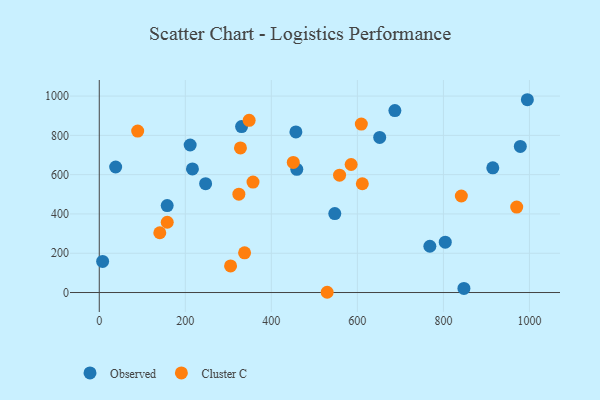
{"axis": {"x": "Speed", "y": "Exam Score"}, "legend": ["Cluster C", "Observed"], "data": [{"x": "651.9", "y": 789.7, "type": "Observed"}, {"x": "38.1", "y": 638.9, "type": "Observed"}, {"x": "457.1", "y": 817.4, "type": "Observed"}, {"x": "687.2", "y": 926.2, "type": "Observed"}, {"x": "995.2", "y": 981.4, "type": "Observed"}, {"x": "914.8", "y": 634.7, "type": "Observed"}, {"x": "247.2", "y": 554.3, "type": "Observed"}, {"x": "978.8", "y": 743.7, "type": "Observed"}, {"x": "547.5", "y": 402.1, "type": "Observed"}, {"x": "216.6", "y": 629.2, "type": "Observed"}, {"x": "211.3", "y": 750.9, "type": "Observed"}, {"x": "804.3", "y": 256.3, "type": "Observed"}, {"x": "157.9", "y": 442.8, "type": "Observed"}, {"x": "7.8", "y": 158.3, "type": "Observed"}, {"x": "768.5", "y": 235.5, "type": "Observed"}, {"x": "847.7", "y": 21.0, "type": "Observed"}, {"x": "330.8", "y": 844.9, "type": "Observed"}, {"x": "459.2", "y": 627.3, "type": "Observed"}, {"x": "558.6", "y": 597.3, "type": "Cluster C"}, {"x": "841.7", "y": 491.3, "type": "Cluster C"}, {"x": "611.5", "y": 553.8, "type": "Cluster C"}, {"x": "324.5", "y": 500.5, "type": "Cluster C"}, {"x": "337.8", "y": 202.3, "type": "Cluster C"}, {"x": "348.4", "y": 876.7, "type": "Cluster C"}, {"x": "89.3", "y": 821.9, "type": "Cluster C"}, {"x": "609.2", "y": 857.6, "type": "Cluster C"}, {"x": "328.2", "y": 736.3, "type": "Cluster C"}, {"x": "140.7", "y": 304.2, "type": "Cluster C"}, {"x": "585.5", "y": 651.8, "type": "Cluster C"}, {"x": "305.2", "y": 135.5, "type": "Cluster C"}, {"x": "158.0", "y": 357.7, "type": "Cluster C"}, {"x": "451.0", "y": 662.4, "type": "Cluster C"}, {"x": "529.8", "y": 1.3, "type": "Cluster C"}, {"x": "970.4", "y": 435.2, "type": "Cluster C"}, {"x": "357.4", "y": 562.3, "type": "Cluster C"}]}